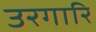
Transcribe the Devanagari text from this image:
उरगारि